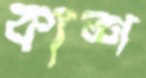
কাশ